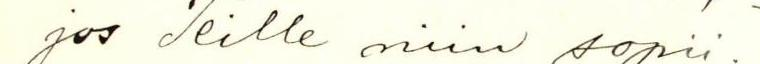
jos Teille niin sopii.